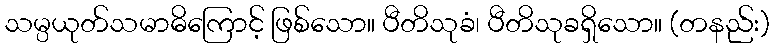
သမ္ပယုတ်သမာဓိကြောင့် ဖြစ်သော။ ပီတိသုခံ၊ ပီတိသုခရှိသော။ (တနည်း)